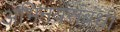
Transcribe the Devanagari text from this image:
अभिनयसंबंधी